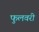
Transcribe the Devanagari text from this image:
फुलवरी